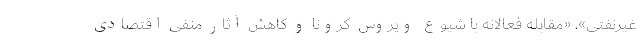
غیرنفتی»، «مقابله فعالانه با شیوع ویروس کرونا و کاهش آثار منفی اقتصادی